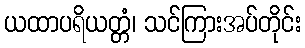
ယထာပရိယတ္တံ၊ သင်ကြားအပ်တိုင်း